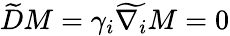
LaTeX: \widetilde{D}M=\gamma_{i}\widetilde{\nabla_{i}}M=0